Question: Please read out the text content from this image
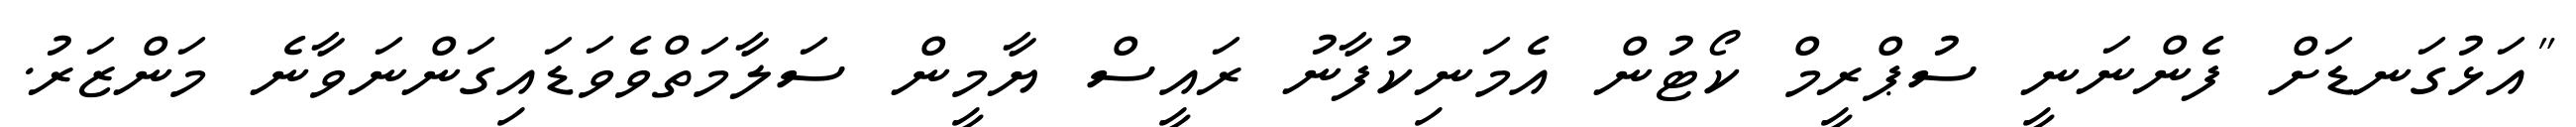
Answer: "އަޅުގަނޑަށް ފެންނަނީ ސުޕްރީމް ކޯޓުން އެމަނިކުފާނު ރައީސް ޔާމީން ސަލާމަތްވެވަޑައިގަންނަވާނެ މަންޒަރު.